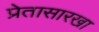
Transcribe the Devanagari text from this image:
प्रेतासारखा